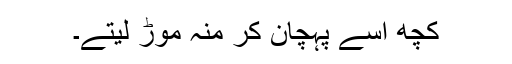
کچھ اسے پہچان کر منہ موڑ لیتے۔